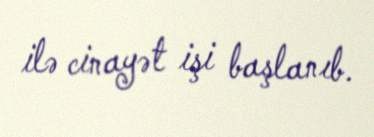
ilə cinayət işi başlanıb.